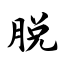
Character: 脱